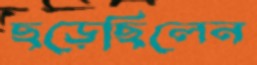
ছড়েছিলেন